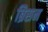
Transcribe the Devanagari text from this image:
ब्रिसन